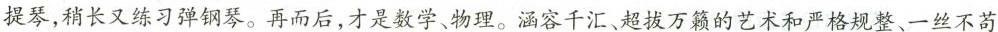
提琴，稍长又练习弹钢琴。再而后，才是数学、物理。涵容千汇、超拔万籁的艺术和严格规整、一丝不苟